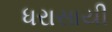
ધરાસાયી